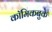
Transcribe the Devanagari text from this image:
कॉमिकबुके